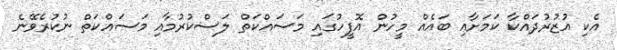
އެކި އުޒުރުދައްކާ ކަމަށާއި ބައެއް މީހުން އޮފީހުގައި މަސައްކަތް ލަސްކުރުމާއި މަސައްކަތް ނުކުރެވޭނެ